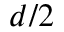
d / 2